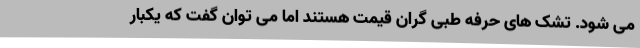
می شود. تشک های حرفه طبی گران قیمت هستند اما می توان گفت که یکبار